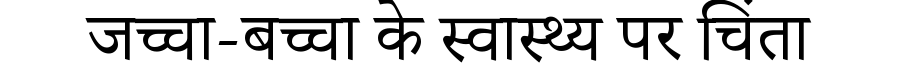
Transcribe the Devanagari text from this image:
जच्चा-बच्चा के स्वास्थ्य पर चिंता